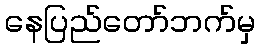
နေပြည်တော်ဘက်မှ